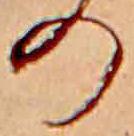
の